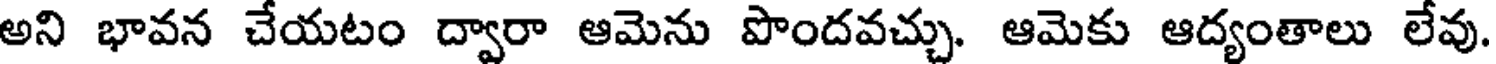
అని భావన చేయటం ద్వారా ఆమెను పొందవచ్చు. ఆమెకు ఆద్యంతాలు లేవు